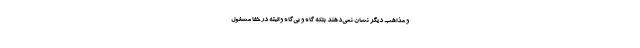
و مذاهب ديگر نشان نمي‌دهند بلكه گاه و بي‌گاه و البته در خفا مشغول